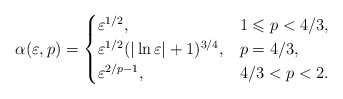
\begin{align*}\alpha (\varepsilon ,p)=\begin{cases}\varepsilon ^{1/2}, &1\leqslant p<4/3,\\\varepsilon ^{1/2}(\vert \ln \varepsilon \vert +1)^{3/4}, & p=4/3,\\\varepsilon ^{2/p-1}, &4/3<p<2.\end{cases}\end{align*}